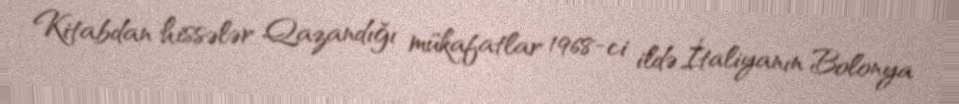
Kitabdan hissələr Qazandığı mükafatlar 1968-ci ildə İtaliyanın Bolonya